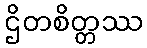
ဌိတစိတ္တဿ